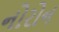
નોરોન